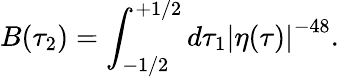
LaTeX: B(\tau_{2})=\int_{-1/2}^{+1/2}d\tau_{1}\left|\eta(\tau)\right|^{-48}.